Indian journal of veterinary science and animal husbandry - Volume 1,
Year: 1931
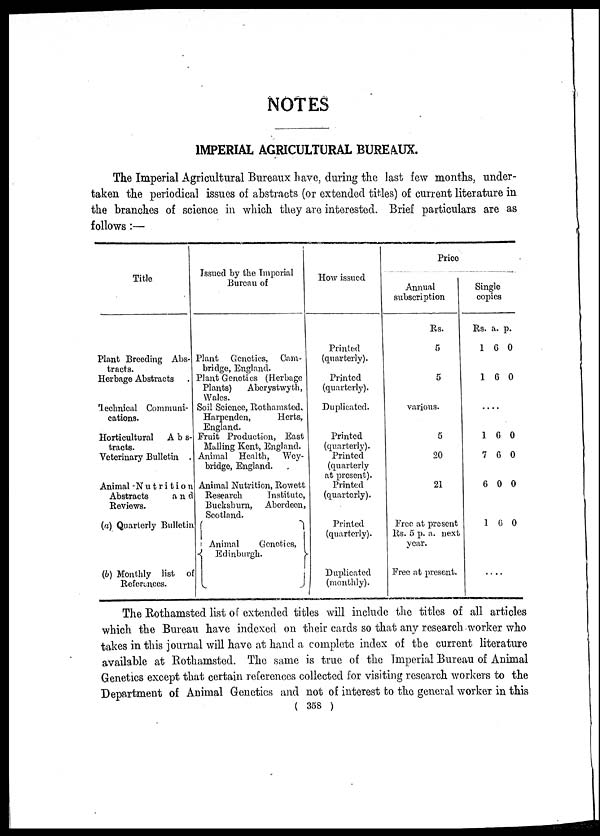
NOTES
IMPERIAL AGRICULTURAL BUREAUX.
The Imperial Agricultural Bureaux have, during the last few months, under-
taken the periodical issues of abstracts (or extended titles) of current literature in
the branches of science in which they are interested. Brief particulars are as
follows:—
Title
Plant Breeding Abs-
tracts.
Herbage Abstracts
Technical Communi-
cations.
Horticultural
A b s-
tracts.
Veterinary Bulletin
Animal -Nutrition
Abstracts
and
Reviews.
(a) Quarterly Bulletin
(b) Monthly list of
References.
Issued by the Imperial
Bureau of
Plant Genetics, Cam-
bridge, England.
Plant Genetics (Herbage
Plants)
Aberystwyth,
Wales.
Soil Science, Rothamsted,
Harpenden,
Herts,
England.
Fruit Production, East
Mulling Kent, England.
Animal Health,
Wey-
bridge, England.
Ani mal Nutrition, Rowett
Research Institute,
Bucksburn, Aberdeen,
Scotland.
{ Animal Genetics,
Edinburgh.
}
How issued
Printed
(quarterly).
Printed
(quarterly).
Duplicated.
Printed
(quarterly).
Printed
(quarterly
at present).
Printed
(quarterly).
Printed
(quarterly).
Duplicated
(monthly).
Price
Annual
subscription
Rs.
5
5
various.
5
20
21
Free at present
Rs. 5 p. a. next
year.
Free at present.
Single
copies
Rs.
1
1
a.
6
6
p.
0
0
....
1
7
6
1
6
6
0
6
0
0
0
0
....
The Rothamsted list of extended titles will include the titles of all articles
which the Bureau have indexed on their cards so that any research worker who
takes in this journal will have at hand a complete index of the current literature
available at Rothamsted. The same is true of the Imperial Bureau of Animal
Genetics except that certain references collected for visiting research workers to the
Department of Animal Genetics and not of interest to the general worker in this
( 358 )